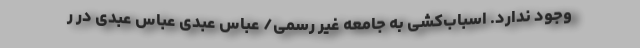
وجود ندارد. اسباب‌کشی به جامعه غیر رسمی/ عباس عبدی عباس عبدی در ر